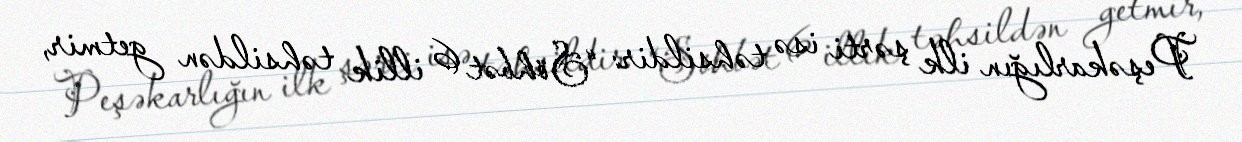
Peşəkarlığın ilk şərti isə təhsildir: “Söhbət 6 illik təhsildən getmir,